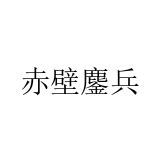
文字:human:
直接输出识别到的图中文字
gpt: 赤壁鏖兵